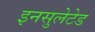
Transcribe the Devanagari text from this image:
इनसुलेटेड